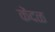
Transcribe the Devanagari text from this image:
केंदळ